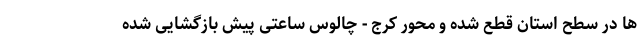
ها در سطح استان قطع شده و محور کرج - چالوس ساعتی پیش بازگشایی شده